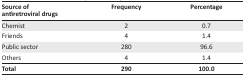
<table><thead><tr><td><b>Source of antiretroviral drugs</b></td><td><b>Frequency</b></td><td><b>Percentage</b></td></tr></thead><tbody><tr><td>Chemist</td><td>2</td><td>0.7</td></tr><tr><td>Friends</td><td>4</td><td>1.4</td></tr><tr><td>Public sector</td><td>280</td><td>96.6</td></tr><tr><td>Others</td><td>4</td><td>1.4</td></tr><tr><td><b>Total</b></td><td><b>290</b></td><td><b>100.0</b></td></tr></tbody></table>